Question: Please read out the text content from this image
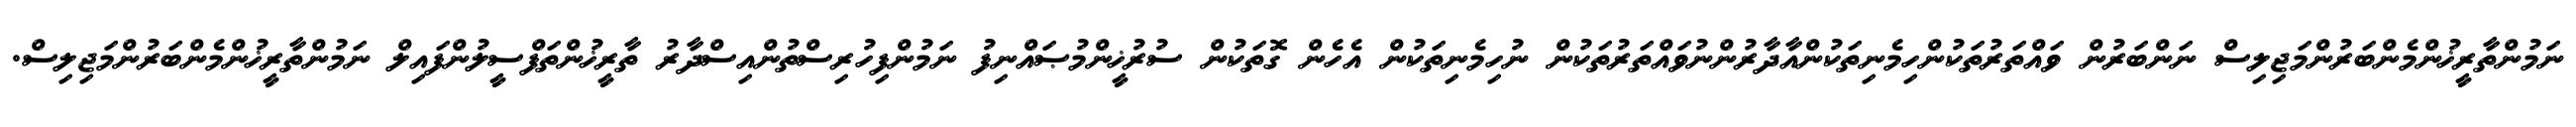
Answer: ނަމުންތާރީޚުންމެންބަރުންމަޖިލިސް ނަންބަރުން ވައްތަރުތަކުންހިމެނިތަކުންއާދާރުންނުވައްތަރުތަކުން ނުހިމެނިތަކުން އެހެން ގޮތަކުން ސުރުޚީންމުޞައްނިފު ނަމުންފިހުރިސްތުންއިސްދާރު ތާރީޚުންތަފްސީލުންފައިލް ނަމުންތާރީޚުންމެންބަރުންމަޖިލިސް.